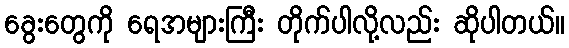
ခွေးတွေကို ရေအများကြီး တိုက်ပါလို့လည်း ဆိုပါတယ်။